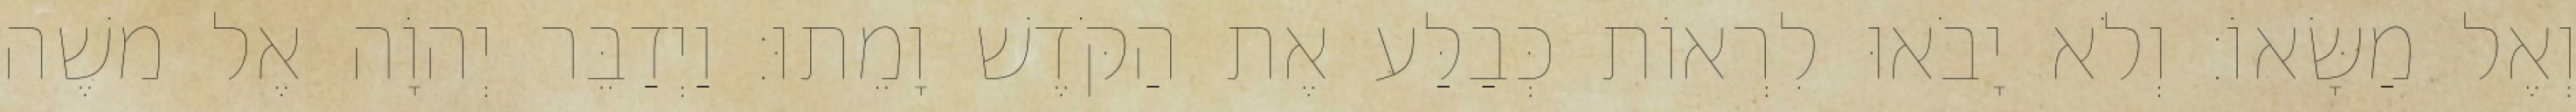
וְאֶל מַשָּׂאוֹ׃ וְלֹא יָבֹאוּ לִרְאוֹת כְּבַלַּע אֶת הַקֹּדֶשׁ וָמֵתוּ׃ וַיְדַבֵּר יְהוָֹה אֶל משֶׁה